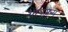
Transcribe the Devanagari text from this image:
शापजन्य